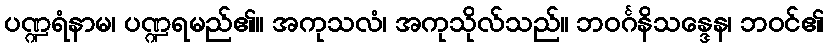
ပဏ္ဍရံနာမ၊ ပဏ္ဍရမည်၏။ အကုသလံ၊ အကုသိုလ်သည်။ ဘဝင်္ဂနိသန္ဒေန၊ ဘဝင်၏